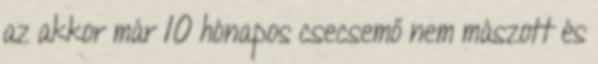
az akkor már 10 hónapos csecsemő nem mászott és